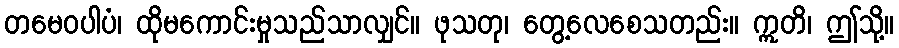
တမေဝပါပံ၊ ထိုမကောင်းမှုသည်သာလျှင်။ ဖုသတု၊ တွေ့လေစေသတည်း။ ဣတိ၊ ဤသို့။